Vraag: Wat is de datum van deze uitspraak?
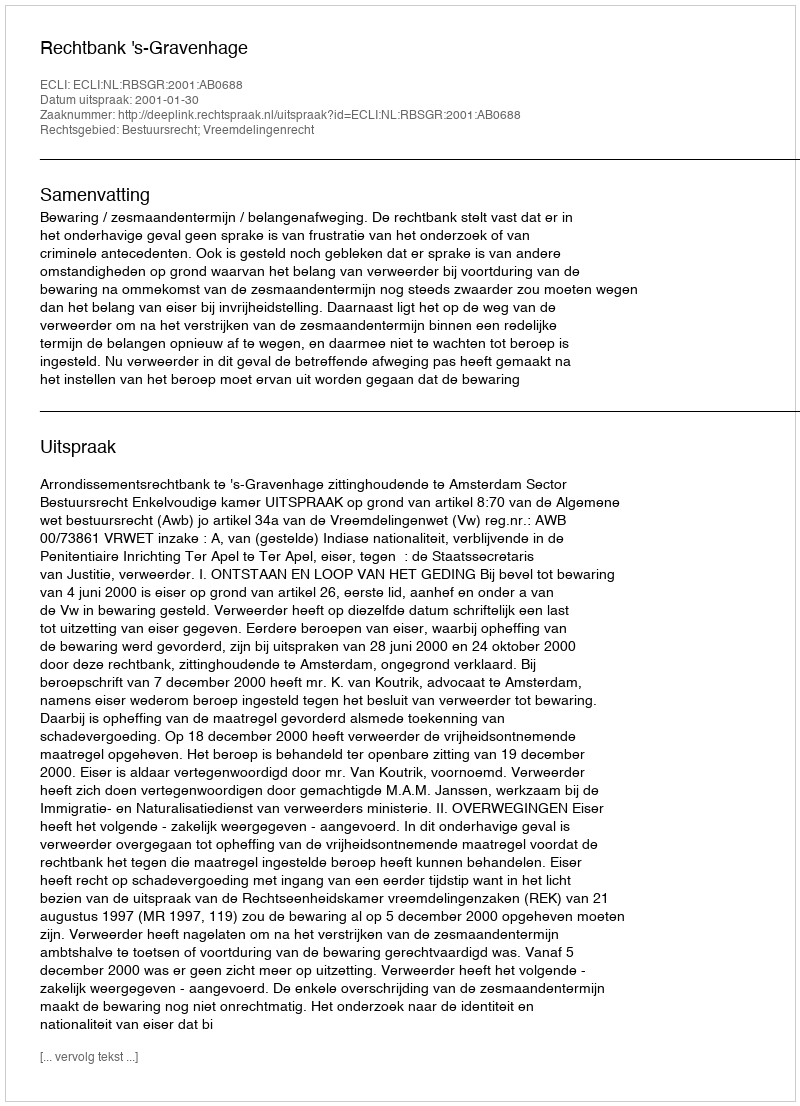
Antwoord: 2001-01-30